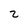
Character: 2